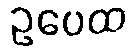
ဥပေထ